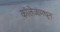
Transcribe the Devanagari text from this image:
कॉलेजांमधून